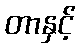
တာနှင့်